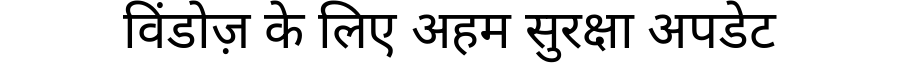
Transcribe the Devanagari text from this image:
विंडोज़ के लिए अहम सुरक्षा अपडेट